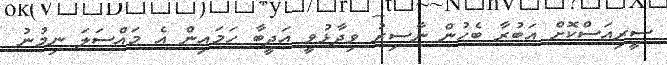
ސީރިއަސްކޮށް އަބުރާ ބެހުން ނާސިރު ވިދާޅުވީ އަދީބާ ހަމައިން އެ މައްސަލަ ނިމުނު